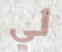
لي